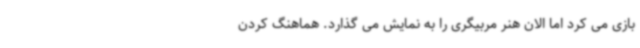
بازی می کرد اما الان هنر مربیگری را به نمایش می گذارد. هماهنگ کردن